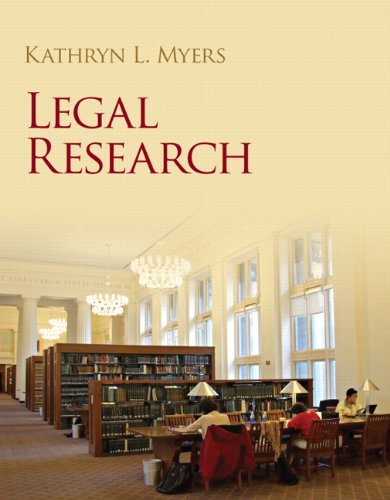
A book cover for Legal Research; Kathryn Myers; Law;